system: You are a helpful assistant.
user:
Analyze the provided spectrum to determine if it is a **M-type Giant (gM)**.

A M-type Giant spectrum is defined by its **strong molecular absorption** features, particularly from **Titanium Oxide (TiO)**. You must check for one of the following mutually exclusive signatures:

- **Key Visual Indicators (Absorption-Dominated Spectrum):**

    - **(Primary):** The spectrum is dominated by strong molecular absorption from **Titanium Oxide (TiO)**. This is the **defining feature** of its M-type temperature class.
        - **(Key Bandheads):** Look for sharp, "saw-tooth" absorption valleys. The strongest are located near **~7050 Å**, **~6160 Å**, and **~5170 Å**.
        - **(Line Profile):** The "saw-tooth" morphology is critical: a **sharp, steep drop on the BLUE (short-wavelength) side** of the bandhead, followed by a gradual recovery (rising flux) towards the RED (long-wavelength) side.

    - **(Key Confirmation - Giant vs. Dwarf):** **ABSENCE** of strong **Calcium Hydride (CaH)** molecular bands. This is the primary diagnostic for *excluding* M-dwarfs.
        - **(Key Region):** The spectrum should lack the strong, broad absorption band seen in dwarfs between **~6800 Å and ~7000 Å**.

    - **(Secondary Confirmation - Giant):** A very strong and broad **Neutral Calcium (Ca I)** atomic absorption line.
        - **(Key Line):** Located at **~4226 Å**. In a giant (gM), this line is significantly deeper and broader than the same line in an M-dwarf (dM) due to low surface gravity.

    - **(Overall Spectrum):**
        - The continuum is **extremely red-sloping** (i.e., flux is very low in the blue and rises dramatically towards the red).
        - The entire spectrum appears "chopped up" by the deep TiO bands.

Think first, call **spectral_visualization_tool** if needed to examine features in detail, then provide your final answer. Your response must adhere to the following strict rules:
1.  **Overall Structure:** Your response must follow the format `<think>...</think> <tool_call>...</tool_call> (if a tool is used) <answer>...</answer>`.
2.  **Tool Usage Constraint:** You may only make **one** tool call per turn.
3.  **Final Answer Format:** In the `<answer>` tag, your conclusion must be inside a `\boxed{}` command (e.g., `\boxed{YES}` or `\boxed{NO}`), followed by your justification.

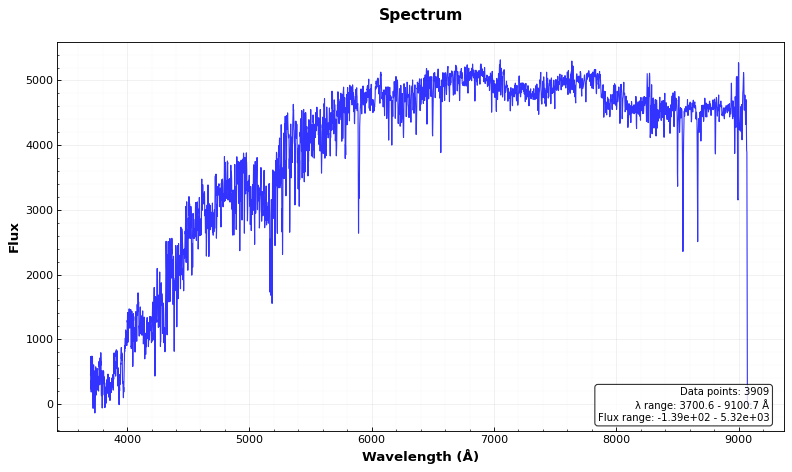
Answer: NO